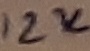
Text: 12K